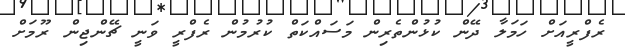
ރެފްރީއަށް ހަމަލާ ދޭން ކުޅުންތެރިން މަސައްކަތް ކުރުމުން ރެފްރީ ވަނީ ޗޭންޖިން ރޫމަށް